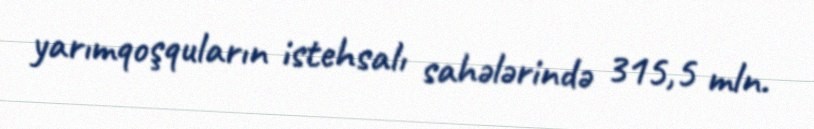
yarımqoşquların istehsalı sahələrində 315,5 mln.